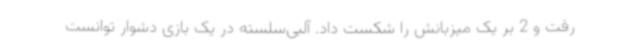
رفت و 2 بر یک میزبانش را شکست داد. آلبی‌سلسته در یک بازی دشوار توانست